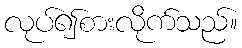
လုပ်၍စားလိုက်သည်။